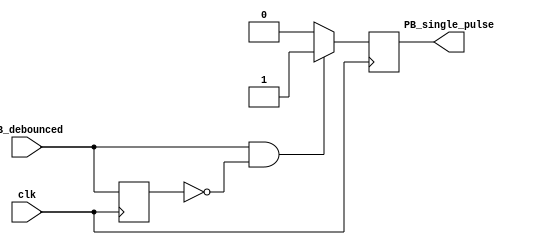
`timescale 1ns / 1ps

module one_pulse_module(clk, PB_debounced, PB_single_pulse);
	input clk, PB_debounced;
	output reg PB_single_pulse;
	
	reg PB_debounced_delay = 1;
	
	always@(posedge clk) begin
		if (PB_debounced == 1 && PB_debounced_delay==0)
			PB_single_pulse = 1;
		else
			PB_single_pulse = 0;
		
		PB_debounced_delay = PB_debounced;
	end


endmodule